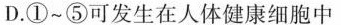
D.①~⑤可发生在人体健康细胞中